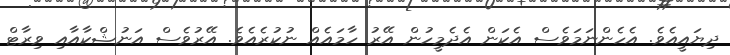
ދިޔައީއެވެ. އެހެންނަމަވެސް އެކަން އެދެމީހުން އޭރު ހާމައެއް ނުކުރެއެވެ. އޭރުވެސް އަނުޝްކާއާއި ވިރާޓް